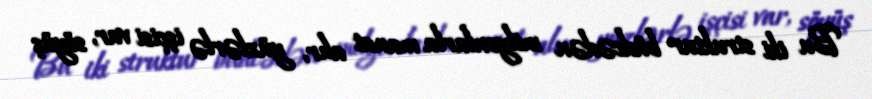
Bu iki struktur büdcədən milyonlarla manat alır, yüzlərlə işçisi var, söyüş